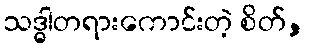
သဒ္ဓါတရားကောင်းတဲ့ စိတ်,